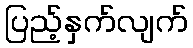
ပြည့်နှက်လျက်